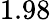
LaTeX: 1.98